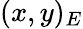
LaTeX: (x,y)_{E}